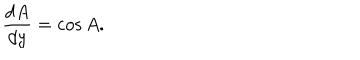
{ \frac { d A } { d y } } = \cos A .